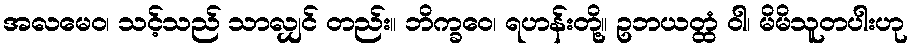
အလမေဝ၊ သင့်သည် သာလျှင် တည်း။ ဘိက္ခဝေ၊ ရဟန်းတို့။ ဥဘယတ္ထံ ဝါ၊ မိမိသူတပါးဟု